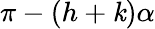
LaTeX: \pi-(h+\mathit{k})\alpha